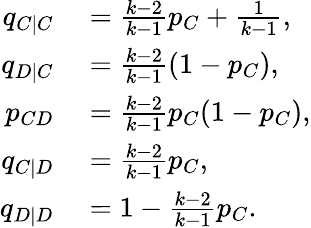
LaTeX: \begin{array}{rl}{q_{C|C}}&{{}=\frac{k-2}{k-1}p_{C}+\frac{1}{k-1},}\\ {q_{D|C}}&{{}=\frac{k-2}{k-1}(1-p_{C}),}\\ {p_{CD}}&{{}=\frac{k-2}{k-1}p_{C}(1-p_{C}),}\\ {q_{C|D}}&{{}=\frac{k-2}{k-1}p_{C},}\\ {q_{D|D}}&{{}=1-\frac{k-2}{k-1}p_{C}.}\end{array}